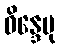
ဝိန္ဒေမု